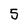
Character: 5